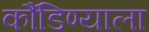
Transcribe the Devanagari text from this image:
कौंडिण्याला